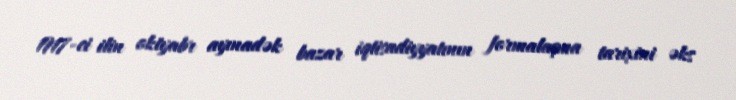
1917-ci ilin oktyabr ayınadək bazar iqtisadiyyatının formalaşma tarixini əks